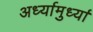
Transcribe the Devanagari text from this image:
अर्ध्यामुर्ध्या